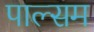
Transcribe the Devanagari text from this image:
पाल्सम